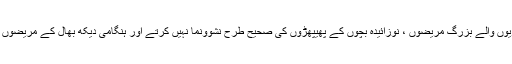
یہ پیشہ ور افراد دائمی بیماریوں جیسے ایمفسیما اور دمہ ، پھیپھڑوں کی بیماریوں والے بزرگ مریضوں ، نوزائیدہ بچوں کے پھیپھڑوں کی صحیح طرح نشوونما نہیں کرتے اور ہنگامی دیکھ بھال کے مریضوں کا خیال رکھتے ہیں جو دل کا دورہ پڑنے ، صدمے یا ڈوبنے سے دوچار ہیں۔